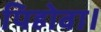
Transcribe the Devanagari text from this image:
पिहोवा।